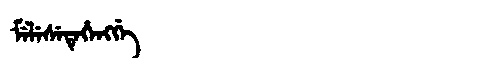
Manchu: ᠮᡝᠯᡝᠰᡝᡨᡝᡥᡝᠩᡤᡝ
Romanization: MELESETEHENGGE